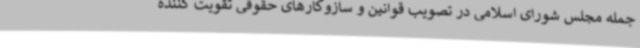
جمله مجلس شورای اسلامی در تصویب قوانین و سازوکارهای حقوقی تقویت کننده